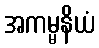
အကမ္မနိယံ